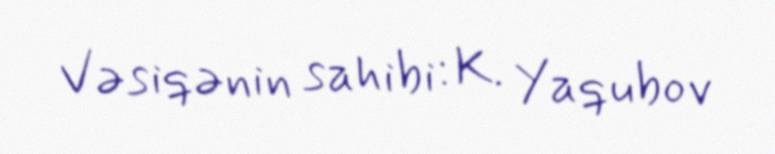
Vəsiqənin sahibi: K. Yaqubov